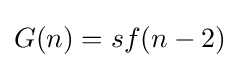
G(n)=sf(n-2)